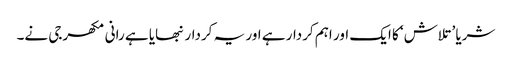
شریا ’تلاش‘ کا ایک اور اہم کردار ہے اور یہ کردار نبھایا ہے رانی مکھرجی نے۔